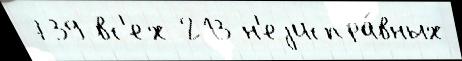
739 вс'ех 213 н'еjиспра́вных